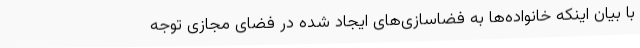
با بیان اینکه خانواده‌ها به فضاسازی‌های ایجاد شده در فضای مجازی توجه